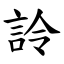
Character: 詅